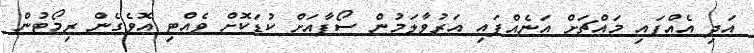
އަދި އެއްފައި މައްޗަށް އަނެއްފައި އަރުވާލަމުން ސޯފާއަށް ކުޑަކޮށް ވެއްޓި އޮވެގެން ރިމޯޓުން